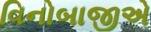
વિનોબાજીએ